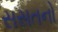
સસતનો